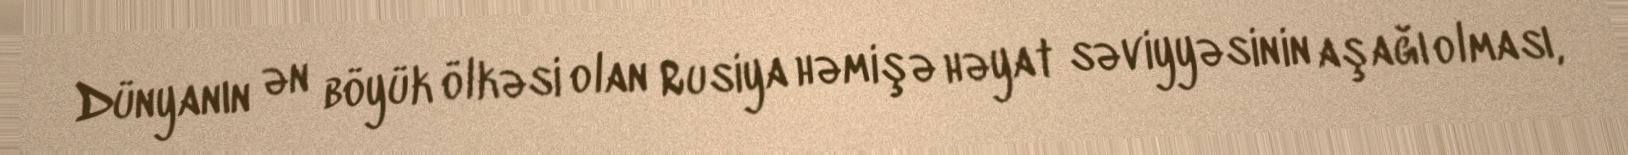
Dünyanın ən böyük ölkəsi olan Rusiya həmişə həyat səviyyəsinin aşağı olması,